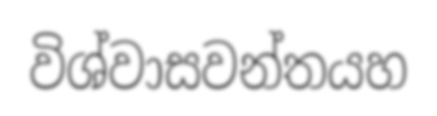
විශ්වාසවන්තයහ